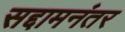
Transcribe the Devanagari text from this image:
सद्दामनंतर